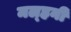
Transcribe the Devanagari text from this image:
मल्‍हनी